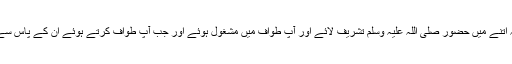
یہ لوگ ایسی ہی باتیں کر رہے تھے کہ اتنے میں حضور صلی اللہ علیہ وسلم تشریف لائے اور آپؐ طواف میں مشغول ہوئے اور جب آپؐ طواف کرتے ہوئے ان کے پاس سے گزرتے تو کفار آپؐ پر آوازیں کستے۔